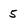
Character: 5